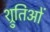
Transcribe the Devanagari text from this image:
श्रुतिओं